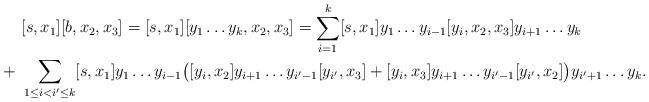
LaTeX: \begin{align*}& [s, x_1] [b, x_2, x_3] = [s, x_1] [y_1 \dots y_k, x_2, x_3] = \sum_{i=1}^k [s, x_1] y_1 \dots y_{i-1} [y_i, x_2, x_3] y_{i+1} \dots y_k\\+ \ & \sum_{1 \le i < i' \le k} [s, x_1] y_1 \dots y_{i-1} \bigl( [y_i, x_2] y_{i+1} \dots y_{i'-1} [y_{i'} , x_3] + [y_i, x_3] y_{i+1} \dots y_{i'-1} [y_{i'} , x_2] \bigr) y_{i'+1} \dots y_k .\end{align*}